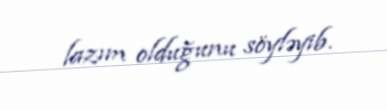
lazım olduğunu söyləyib.